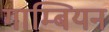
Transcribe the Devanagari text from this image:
गाम्बियन